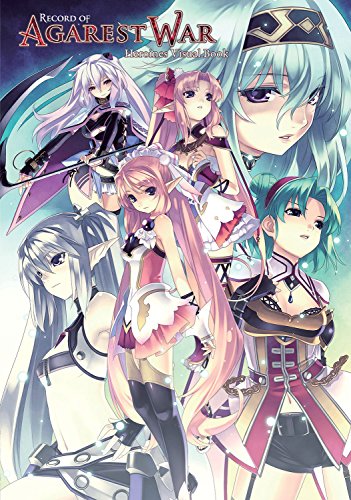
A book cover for Record of Agarest War: Heroines Visual Book; Compile Heart; Science Fiction & Fantasy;